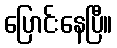
ပြောင်းနေပြီ။